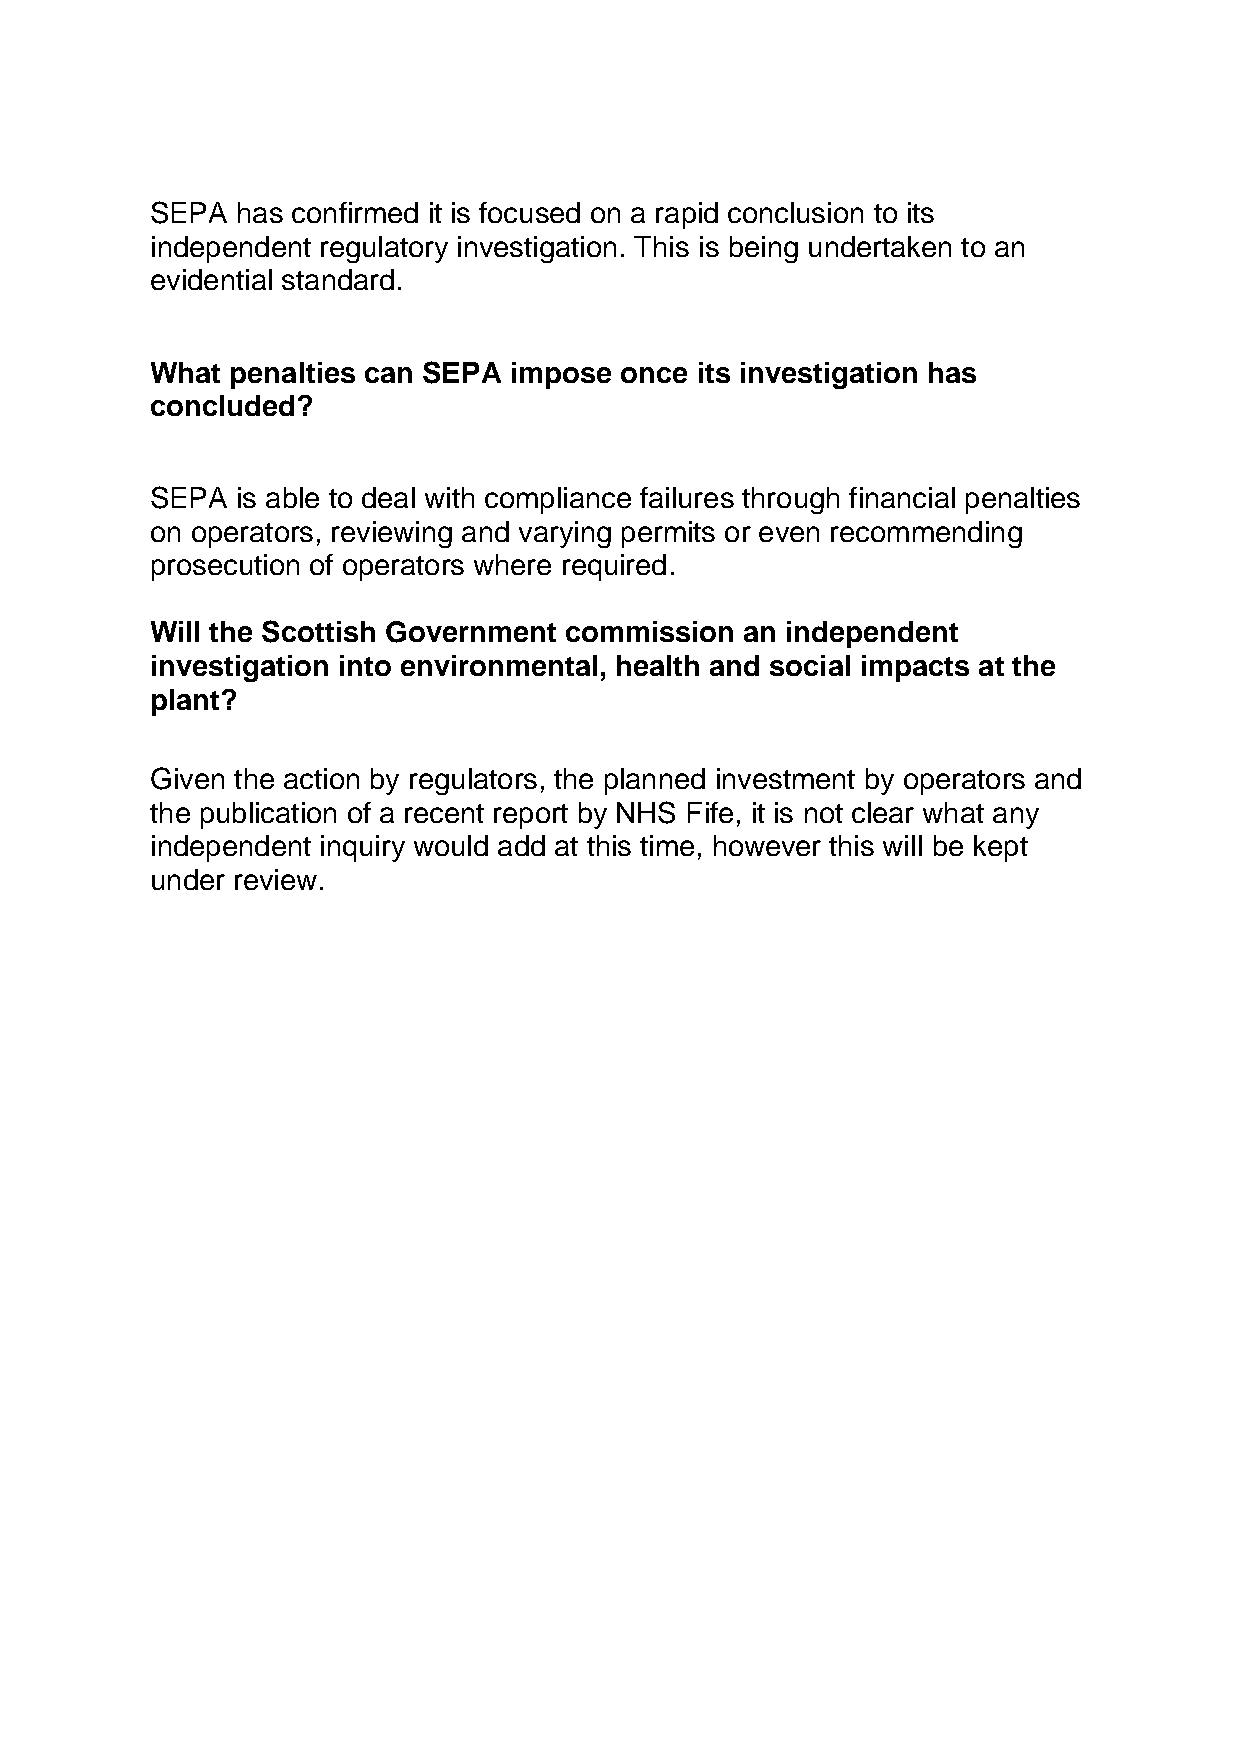
SEPA  has confirmed it is focused on a rapid conclusion to its
 independent regulatory investigation. This is being undertaken to an
 evidential standard.
 What penalties can SEPA impose once its investigation has
 concluded?
 SEPA  is able to deal with compliance failures through financial penalties
 on operators, reviewing and varying permits or even recommending
 prosecution of operators where required.
 Will the Scottish Government commission an independent
 investigation into environmental, health and social impacts at the
 plant?
 Given the action by regulators, the planned investment by operators and
 the publication of a recent report by NHS Fife, it is not clear what any
 independent inquiry would add at this time, however this will be kept
 under review.